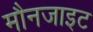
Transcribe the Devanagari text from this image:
मौनजाइट